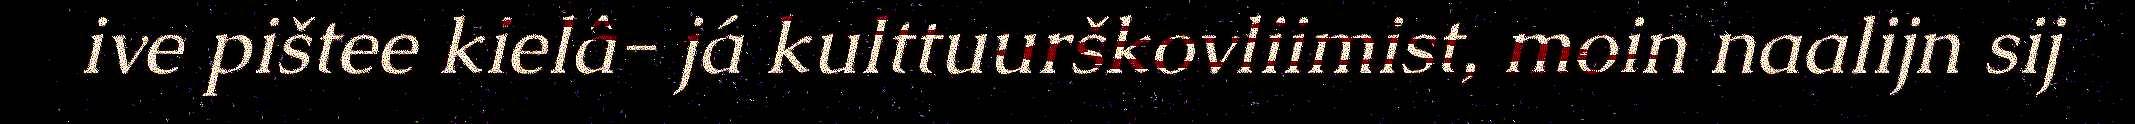
ive pištee kielâ- já kulttuurškovliimist, moin naalijn sij